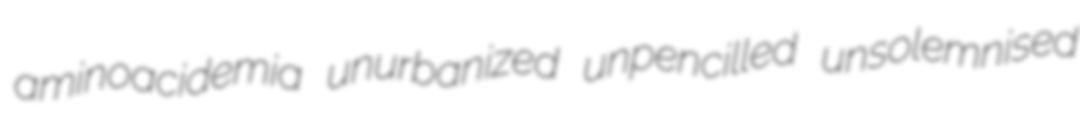
aminoacidemia unurbanized unpencilled unsolemnised